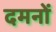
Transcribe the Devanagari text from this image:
दमनों